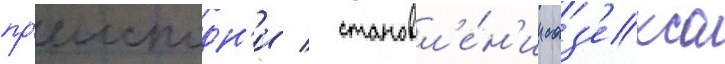
пр'еисподн'и / становл'е́н'ии саз'екса